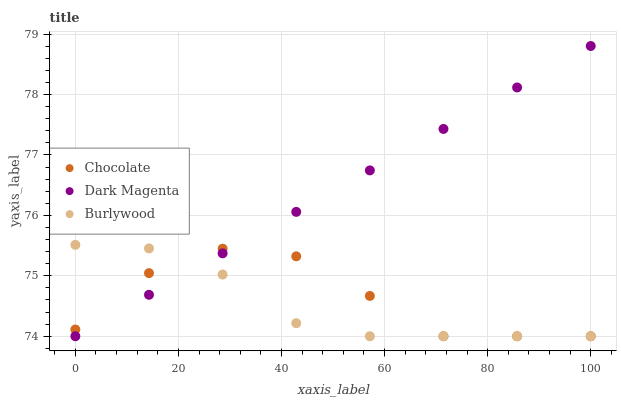
| xaxis_label | Chocolate | Dark Magenta | Burlywood |
 | --- | --- | --- | --- |
 | 0 | 74.1 | 74 | 75.5 |
 | 14.3 | 75 | 74.7 | 75.5 |
 | 28.6 | 75.4 | 75.4 | 75 |
 | 42.9 | 75.3 | 76.1 | 74.2 |
 | 57.1 | 74.7 | 76.7 | 74 |
 | 71.4 | 74 | 77.4 | 74 |
 | 85.7 | 74 | 78.1 | 74 |
 | 100 | 74 | 78.8 | 74 |